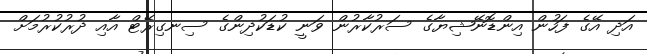
އަދި އޭގެ ފަހުން އިންޑޮނޭޝިޔާގެ ސަރުކާރުން ވަނީ ކުޑަކުދިންގެ ސިނގިރޭޓް އާއި ދުރުކުރުމަށް